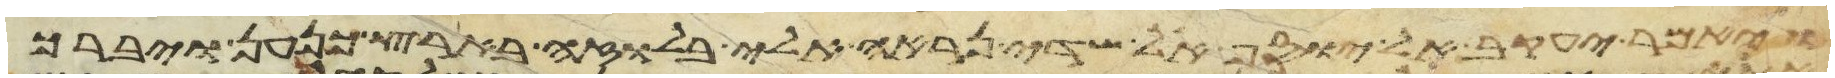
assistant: ויאמר יעקב אל יוסף אל שדי נראה אלי בלוזה בארץ כנען ויברך